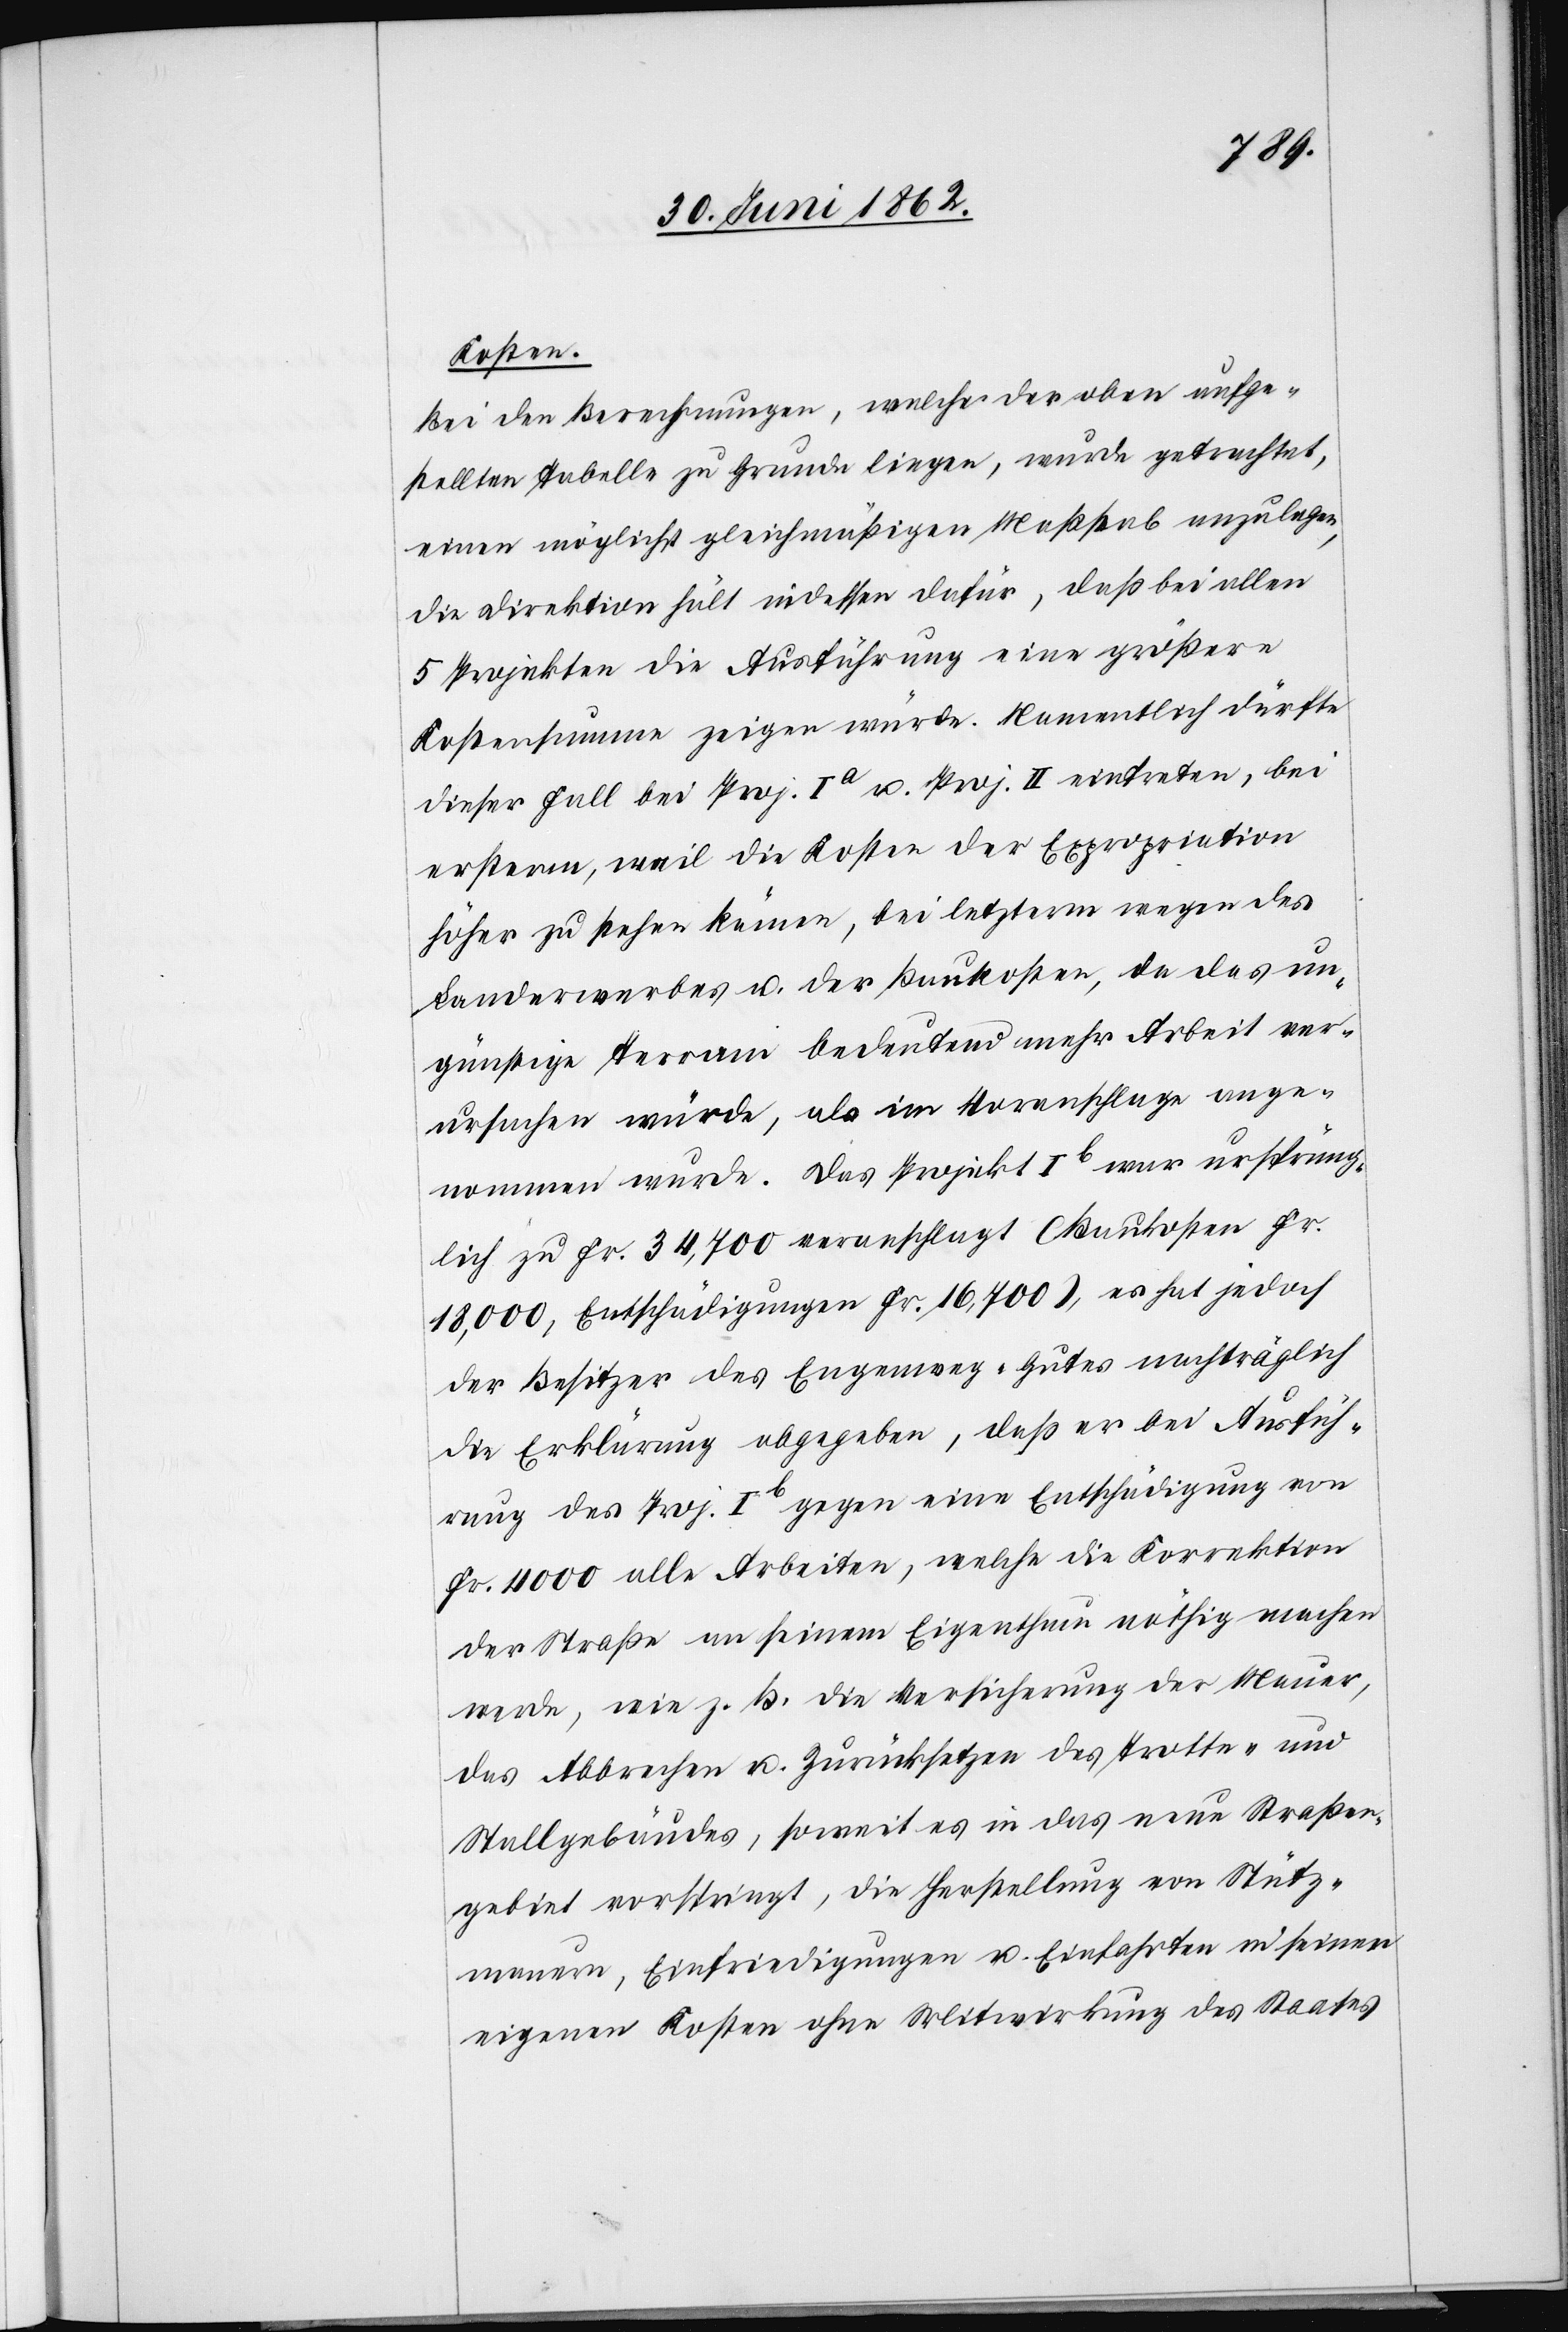
Kosten.
Bei den Berechnungen, welche der oben auge¬
stellten Tabelle zu Grunde liegen, wurde geachtet,
einen möglichst gleichmäßigen Maßstab anzulegen,
die Direktion hält indessen dafür, daß bei allen
5 Projekten die Ausführung eine größere
Kostensumme zeigen würde. Namentlich dürfte
dieser Fall bei Proj. I a u. Proj. II eintreten, bei
ersterem, weil die Kosten der Expropriation
höhere zu stehen kämen, bei letzterm wegen des
Landerwerbes u. der Baukosten, da das un¬
günstige Terrain bedeutend mehr Arbeit ver¬
ursachen würde, als im Voranschlage ange¬
nommen wurde. Das Projekt Ib war ursprüng¬
lich zu Fr. 34,700 veranschlagt (Baukosten Fr.
18,000, Entschädigungen Fr. 19,700), es hat jedoch
der Besitzer des Engenweg-Gutes nachträglich
die Erklärung abgegeben, daß er bei Ausfüh¬
rung des Proj. Ib gegen eine Entschädigung von
Fr. 4000 alle Arbeiten, welche die Korrektion
der Straße an seinem Eigenthum nöthig machen
werde, wie z. B. die Versicherung der Mauer,
das Abbrechen u. Zurücksetzen des Trotte- und
Stallgebäudes, soweit es in das neue Straßen¬
gebiet vorspringt, die Herstellung von Stütz¬
mauern, Einfriedigungen u. Einfahrten in seinen
eigenen Kosten ohne Mitwirkung des Staates